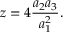
z = 4 \frac { a _ { 2 } a _ { 3 } } { a _ { 1 } ^ { 2 } } .